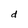
Character: d